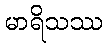
မာရိသဿ